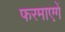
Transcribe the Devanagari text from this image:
फरमाएगें